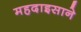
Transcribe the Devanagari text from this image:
महदाइसाने